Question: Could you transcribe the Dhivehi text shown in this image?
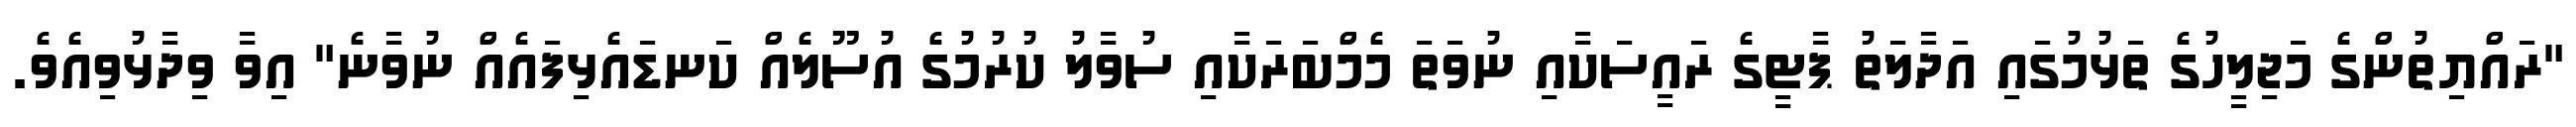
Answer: "ރައްޔިތުންގެ މަޖިލީހުގެ ތަޅުމުގައި އަދާލަތު ޕާޓީގެ ރައީސަކާއި ނުވަތަ މެމްބަރަކާއި ސުވާލު ކުރުމުގެ އުސޫލެއް ކަނޑައެޅިފައެއް ނުވާނެ" އިވާ ވިދާޅުވިއެވެ.